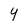
Character: Y